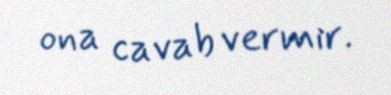
ona cavab vermir.